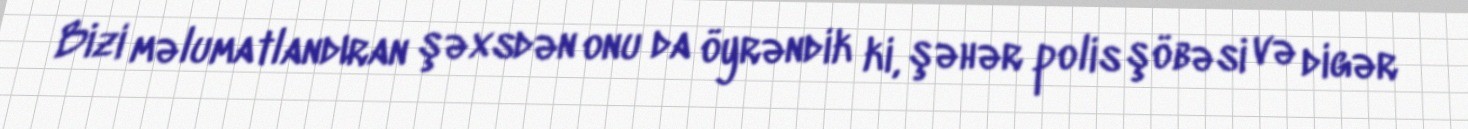
Bizi məlumatlandıran şəxsdən onu da öyrəndik ki, şəhər polis şöbəsi və digər